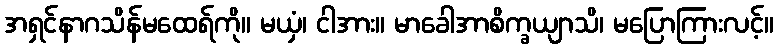
အရှင်နာဂသိန်မထေရ်ကို။ မယှံ၊ ငါအား။ မာခေါအာစိက္ခယျာသိ၊ မပြောကြားလင့်။